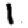
Digit: 1